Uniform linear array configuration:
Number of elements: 48
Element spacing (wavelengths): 0.5
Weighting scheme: uniform
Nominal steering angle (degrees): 0
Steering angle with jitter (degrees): -0.06533
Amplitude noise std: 0.05
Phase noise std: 0.05

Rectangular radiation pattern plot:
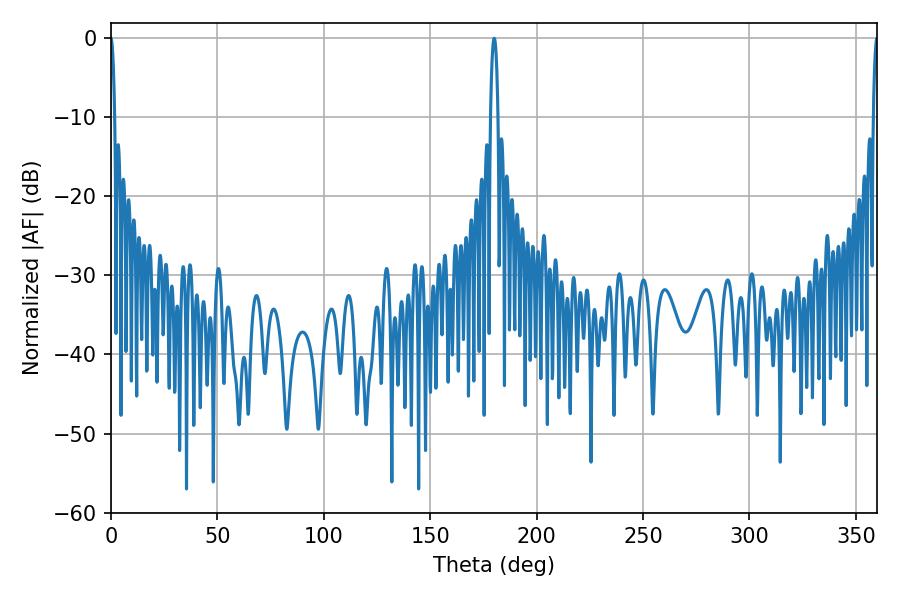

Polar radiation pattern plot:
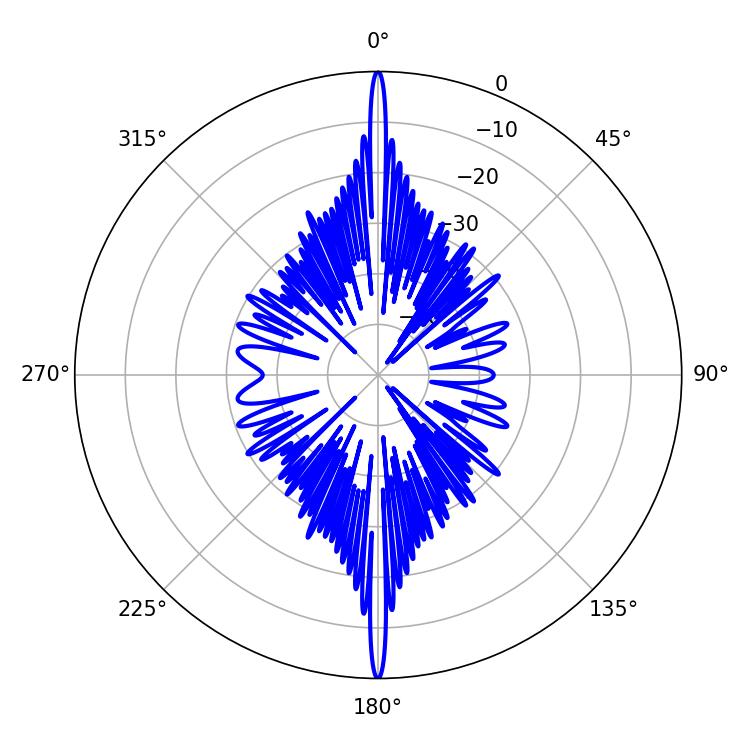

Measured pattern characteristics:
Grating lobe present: FALSE
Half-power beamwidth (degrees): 1.08
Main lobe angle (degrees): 360